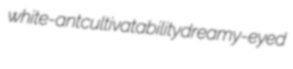
white-ant cultivatability dreamy-eyed